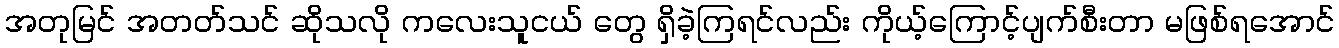
အတုမြင် အတတ်သင် ဆိုသလို ကလေးသူငယ် တွေ ရှိခဲ့ကြရင်လည်း ကိုယ့်ကြောင့်ပျက်စီးတာ မဖြစ်ရအောင်